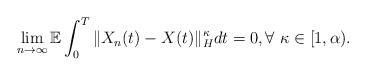
LaTeX: \begin{align*}\lim_{n\rightarrow\infty}\mathbb{E}\int_0^T \Vert X_n(t)-X(t)\Vert_H^{\kappa} dt = 0, \forall\ \kappa\in[1,\alpha) .\end{align*}